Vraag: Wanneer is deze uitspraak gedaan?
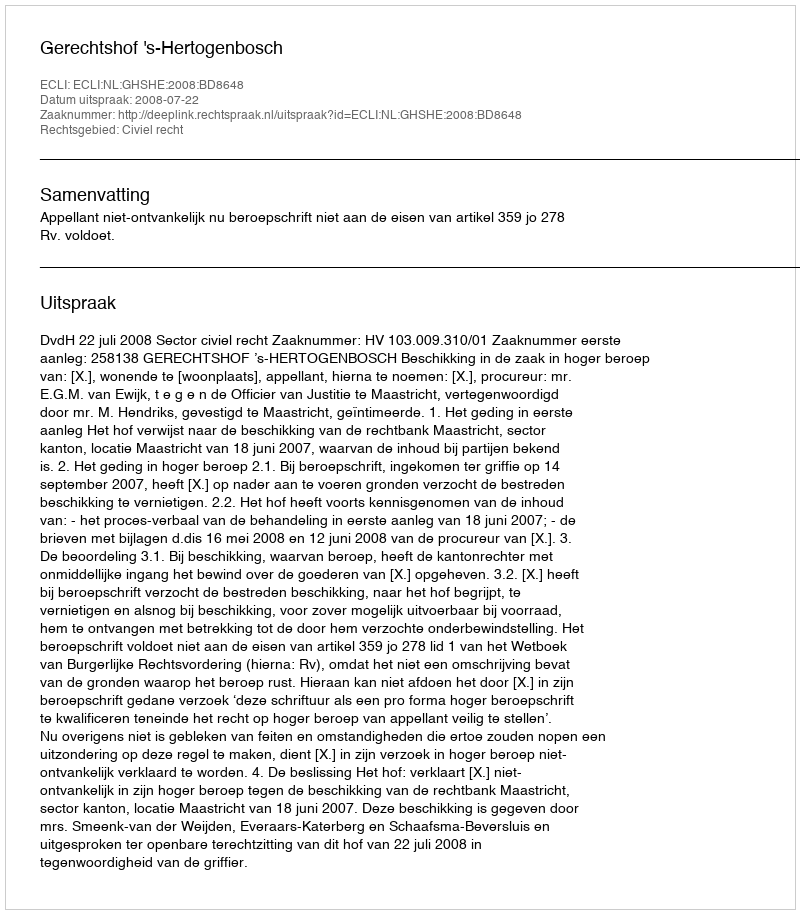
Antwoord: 2008-07-22